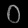
Digit: ၀